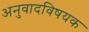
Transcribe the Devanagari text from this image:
अनुवादविषयक